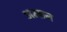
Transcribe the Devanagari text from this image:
अम्सन